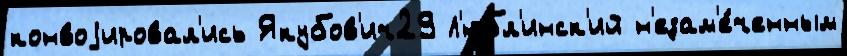
конвоjировал'ись Якубов'ич29 Л'юбл'инск'ий н'езам'е́ченным